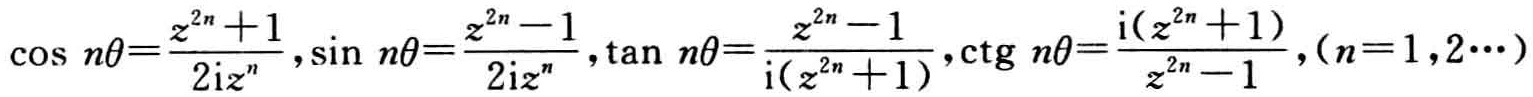
\(\cos n\theta=\frac{z^{2n}+1}{2\text{i}z^{n}},\sin n\theta=\frac{z^{2n}-1}{2\text{i}z^{n}},\tan n\theta=\frac{z^{2n}-1}{\text{i}(z^{2n}+1)},\cot n\theta=\frac{\text{i}(z^{2n}+1)}{z^{2n}-1},(n = 1,2\cdots)\)